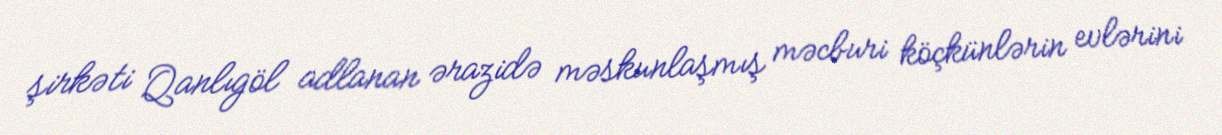
şirkəti Qanlıgöl adlanan ərazidə məskunlaşmış məcburi köçkünlərin evlərini